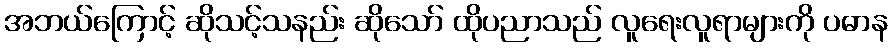
အဘယ်ကြောင့် ဆိုသင့်သနည်း ဆိုသော် ထိုပညာသည် လူရေးလူရာများကို ပဓာန